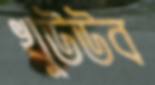
খুউউব